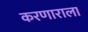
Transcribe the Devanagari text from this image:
करणाराला